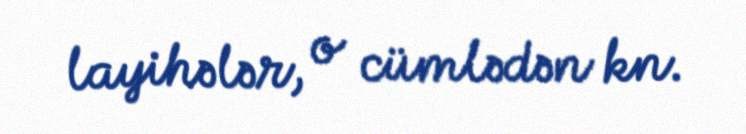
layihələr, o cümlədən kn.